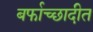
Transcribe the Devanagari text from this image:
बर्फाच्छादीत